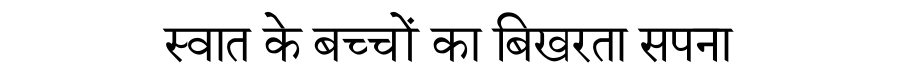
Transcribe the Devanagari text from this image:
स्वात के बच्चों का बिखरता सपना